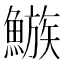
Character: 𩻀